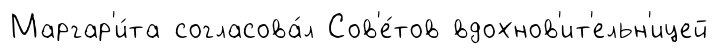
Маргар'и́та согласова́л Сов'е́тов вдохнов'ит'ельн'ицей